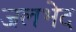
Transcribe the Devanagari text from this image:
जलभेद